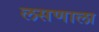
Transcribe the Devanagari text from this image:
लसणाला